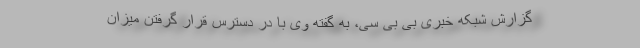
گزارش شبکه خبری بی بی سی، به گفته وی با در دسترس قرار گرفتن میزان